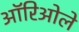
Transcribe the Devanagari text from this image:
ऑरिओले